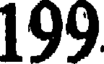
199